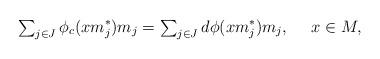
LaTeX: \begin{align*}{\textstyle\sum_{j\in J}}\,\phi_c(xm_j^*)m_j={\textstyle\sum_{j\in J}}\,d\phi(xm_j^*)m_j,\ \ \ \ x\in M,\end{align*}